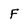
Character: F